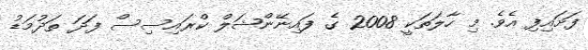
ފަށައިފި އެވެ. މި ހާލަތަކީ 2008 ގެ ފައިނޭންޝަލް ކްރައިސިސް ފަދަ ތަދުމަޑު